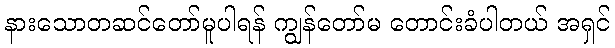
နားသောတဆင်တော်မူပါရန် ကျွန်တော်မ တောင်းခံပါတယ် အရှင်